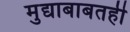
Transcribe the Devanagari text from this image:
मुद्याबाबतही